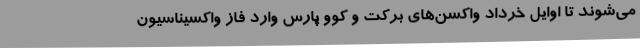
می‌شوند تا اوایل خرداد واکسن‌های برکت و کوو پارس وارد فاز واکسیناسیون